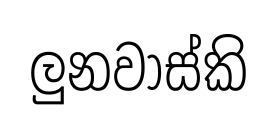
ලුනවාස්කි